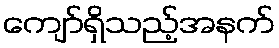
ကျော်ရှိသည့်အနက်